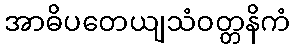
အာဓိပတေယျသံဝတ္တနိကံ